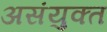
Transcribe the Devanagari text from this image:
असंयुक्‍त